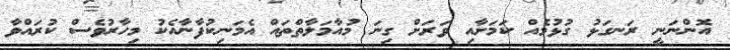
އޮންނަނީ ރަނގަޅު ގުޅުމެއް ކަމަށާއި ވަރަށް ގިނަ މުއާމަލާތްތައް އެމަނިކުފާނާއެކު މިހާރުވެސް ކުރައްވާ